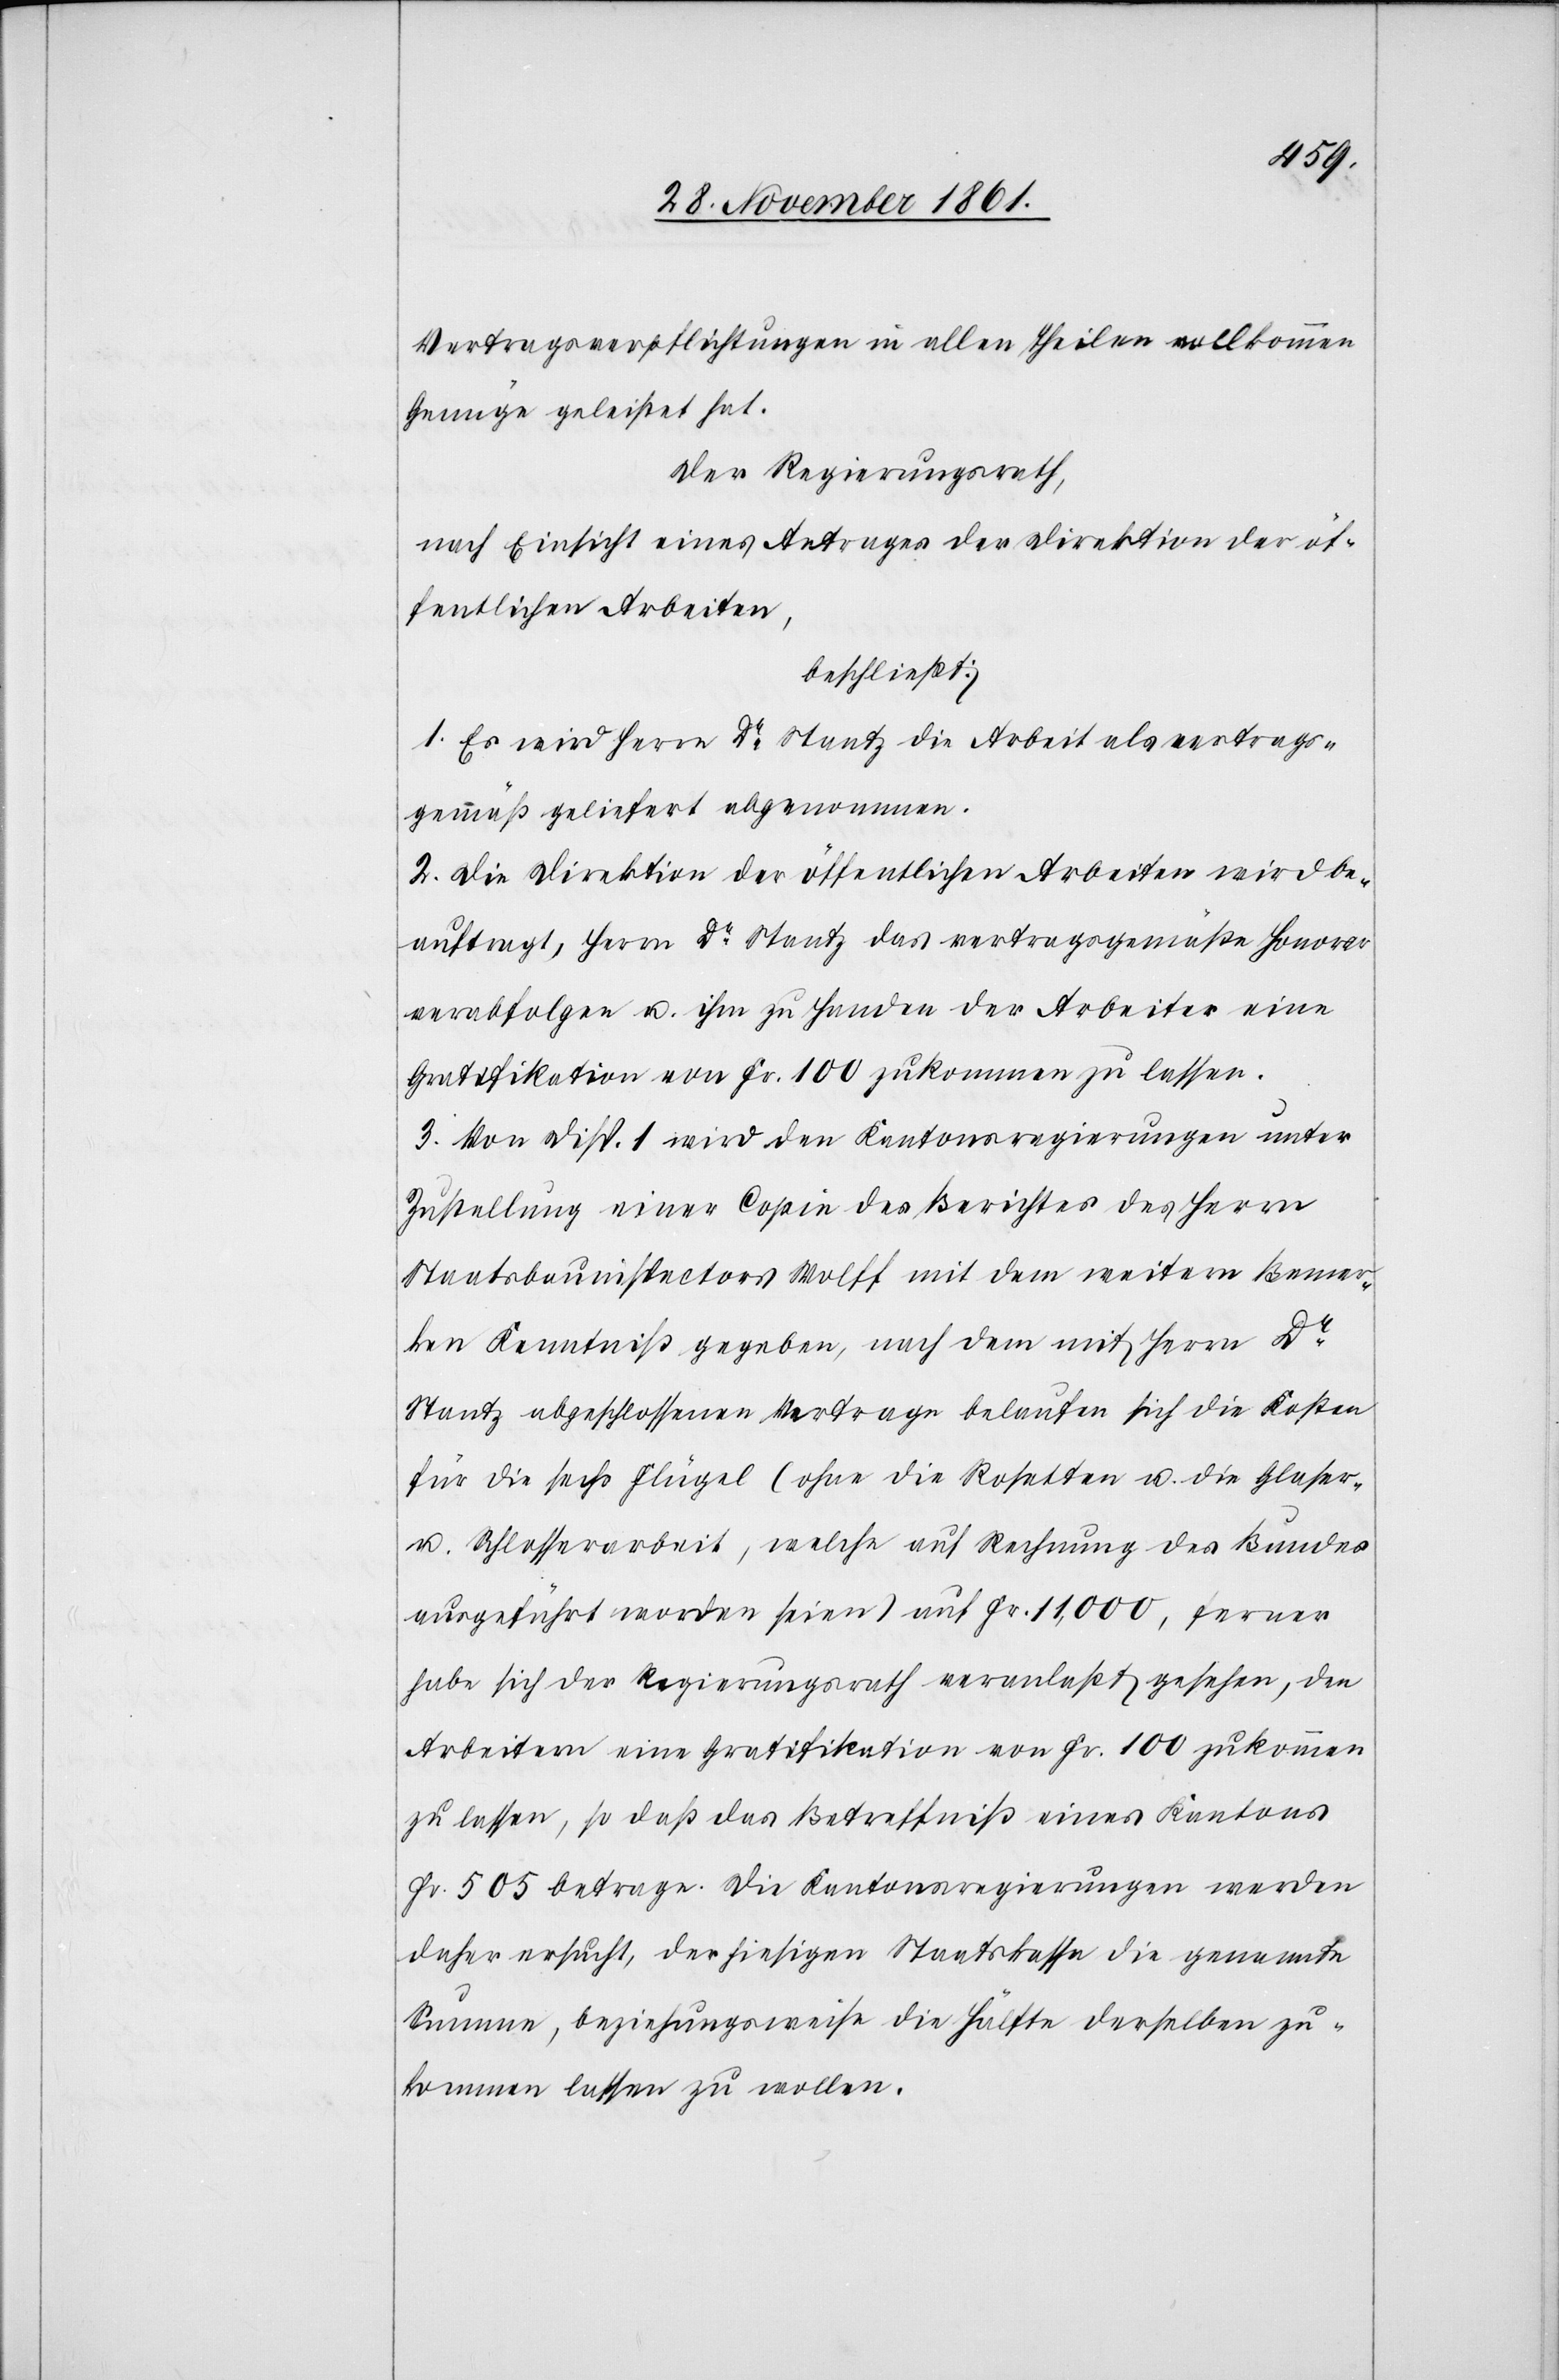
Vertragsverpflichtungen in allen Theilen vollkommen
Genüge geleistet hat.
Der Regierungsrath,
nach Einsicht eines Antrages der Direktion der öf¬
fentlichen Arbeiten,
beschließt:
1. Es wird Herrn Dr Stantz die Arbeit als vertrags¬
gemäß geliefert abgenommen.
2. Die Direktion der öffentlichen Arbeiten wird be¬
auftragt, Herrn Dr Stantz das vertragsgemäße Honorar
verabfolgen u. ihm zu Handen der Arbeiter eine
Gratifikation von Fr. 100 zukommen zu lassen.
3. Von Disp. 1 wird den Kantonsregierungen unter
Zustellung einer Copie des Berichtes des Herrn
Staatsbauinspectors Wolff mit dem weitern Bemer¬
ken Kenntniß gegeben, nach dem mit Herrn Dr
Stantz abgeschlossenen Vertrage belaufen sich die Kosten
für die sechs Flügel (ohne die Resultate u. die Glaser-
u. Schlosserarbeit, welche auf Rechnung des Bundes
ausgeführt worden seien) auf Fr. 11,000, ferner
habe sich der Regierungsrath veranlaßt gesehen, den
Arbeitern eine Gratifikation von Fr. 100 zukommen
zu lassen, so daß das Betreffniß eines Kantons
Fr 505 betrage. Die Kantonsregierungen werden
daher ersucht, der hiesigen Staatskasse die genannte
Summe, beziehungsweise die Hälfte derselben zu¬
kommen lassen zu wollen.